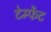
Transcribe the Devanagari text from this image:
टेम्फेंट